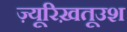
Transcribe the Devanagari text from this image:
ज़्यूरिख़तूउश